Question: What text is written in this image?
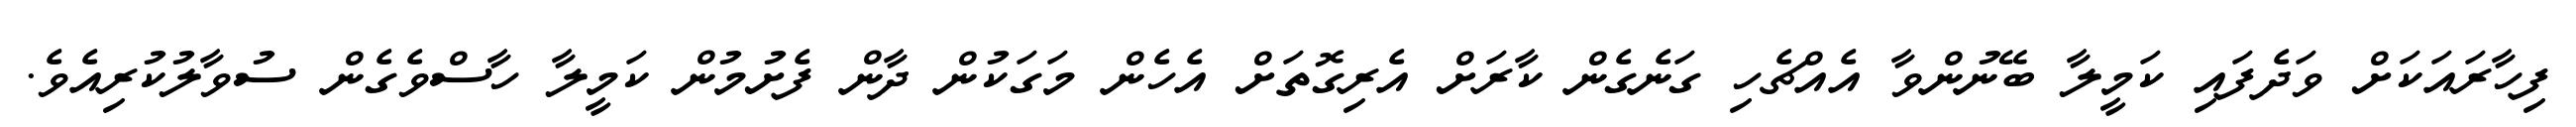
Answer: ފިހާރައަކަށް ވަދެފައި ކަމީލާ ބޭނުންވާ އެއްޗެހި ގަނެގެން ކާރަށް އެރިގޮތަށް އެހެން މަގަކުން ދާން ފެށުމުން ކަމީލާ ހާސްވެގެން ސުވާލުކުރިއެވެ.